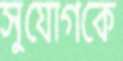
সুযোগকে